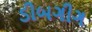
ડીબગીગ